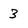
Character: 3